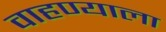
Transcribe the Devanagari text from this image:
वाहण्याला